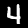
Digit: 4